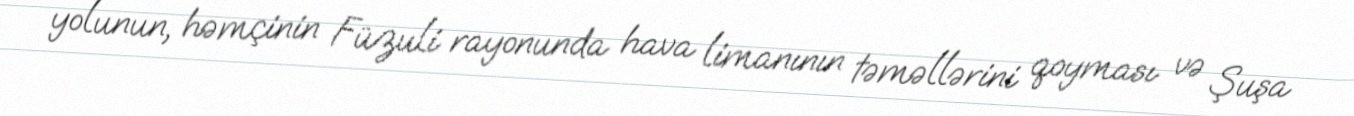
yolunun, həmçinin Füzuli rayonunda hava limanının təməllərini qoyması və Şuşa